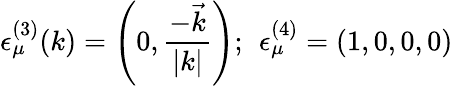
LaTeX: \epsilon_{\mu}^{(3)}(k)=\left(0,\frac{-\vec{k}}{|k|}\right);\ \, \epsilon_{\mu}^{(4)}=(1,0,0,0)